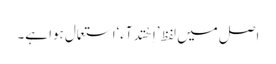
اصل میں لفظ ’اِھْتِدَآء‘استعمال ہوا ہے۔